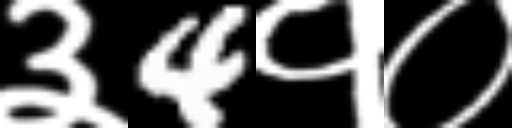
Text: ३4१०